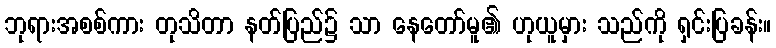
ဘုရားအစစ်ကား တုသိတာ နတ်ပြည်၌ သာ နေတော်မူ၏ ဟုယူမှား သည်ကို ရှင်းပြခန်း။